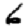
Digit: 6